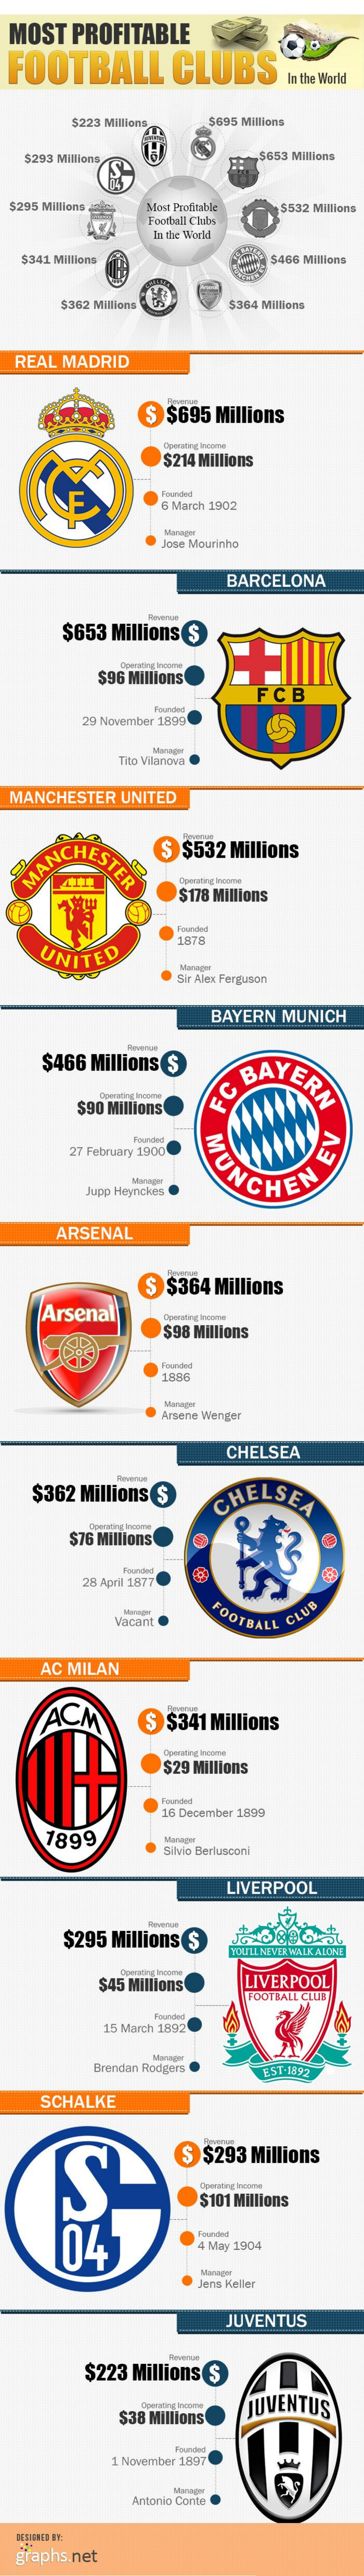
MOST   PROFITABLE
  FOOTBALL    CLUBS
     In the World
     $223 Millions    $695 Millions
   $293 Millions    $653 Millions
  $295 Millions   Most Profitable
     Football Club
     $532 Millions
     In the World
   $341 Millions    $468 Millions
     $362 Millions    $364 Millions
  REAL  MADRID
     $  $695  Millions
     $214 Millions
     6 March 1902
     Jose Mourinho
     BARCELONA
     $653  Millions $
     $96 Millions
     FCB
     Founded
     29 November 1899
     Tho Vilanova
  MANCHESTER   UNITED
   MANCHESTER
     S  $532 Millions
     Operating Income
     $178 Millions
     Founded
     UNITED
     1878
     Moraper
     Sir Alex Ferguson
     BAYERN   MUNICH
     $466 Millions  $
     FC  BAYERN
     $90 Millions
     27 February 1900
     PUNCHEN
     Mariager
     Jupp Heynckes
     EN
     EV
     ARSENAL
     $  $364 Millions
     Arsenal
     $98 Millions
     1886
     Arsene Wenger
     CHELSEA
    $362  Millions $    CHELSEA
     $76 Millions
     28 April 1877
     FOOTBALL CLUB
     Vacant
     AC MILAN
     ACM    $  $341 Millions
     Operating incorne
     $29 Millions
     Founded
     16 December 1899
     7899    Menager
     Silvio Berlusconi
     LIVERPOOL
     $295  Millions $
     YOU'LL NEVER WALK ALONE
     $45 Millions    LIVERPOOL
     FOOTBALL CLUB
     Founded
     15 March 1892
     Manager
     Brendan Rodgers    EST-1892
     SCHALKE
     S
     $  $293  Millions
     Operating Income
     $101 Millions
     64
     Founded
     4 May 1904
     Manager
     Jens Keller
     JUVENTUS
     $223 Millions  S
     Coststiny Incorre
     $38 Millions
     JUVENTUS
     1 November 1897
     Mariaper
     Antonio Conte
  graphs.net